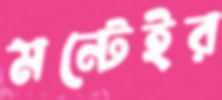
মন্টেইর